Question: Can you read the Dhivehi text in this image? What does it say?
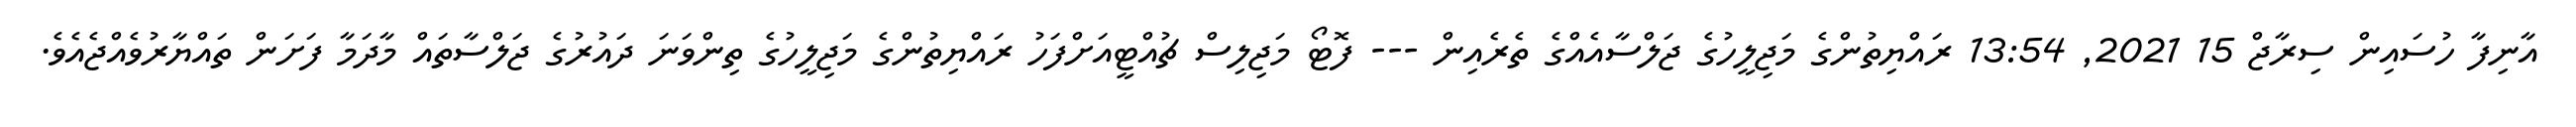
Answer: އާނިފާ ހުސައިން ސިރާޖް 15 2021, 13:54 ރައްޔިތުންގެ މަޖިލީހުގެ ޖަލްސާއެއްގެ ތެރެއިން --- ފޮޓޯ މަޖިލިސް ޗުއްޓީއަށްފަހު ރައްޔިތުންގެ މަޖިލީހުގެ ތިންވަނަ ދައުރުގެ ޖަލްސާތައް މާދަމާ ފަށަން ތައްޔާރުވެއްޖެއެވެ.